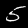
Digit: 5